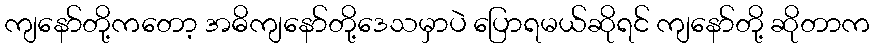
ကျနော်တို့ကတော့ အဓိကျနော်တို့ဒေသမှာပဲ ပြောရမယ်ဆိုရင် ကျနော်တို့ ဆိုတာက